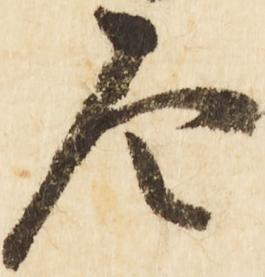
令